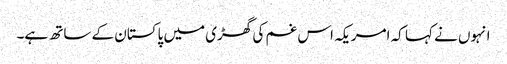
انہوں نے کہا کہ امریکہ اس غم کی گھڑی میں پاکستان کے ساتھ ہے۔